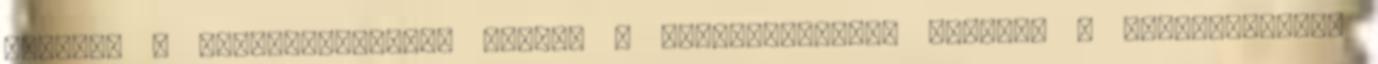
hagynak a tudatalattiban, melyek a tapasztalható, illetve a tapasztaláson